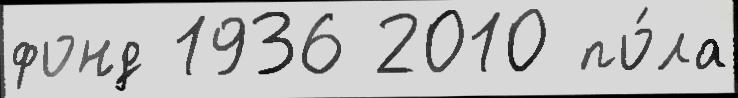
фонд 1936 2010 по́ла